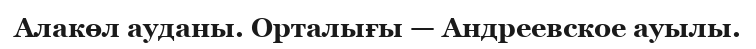
Алакөл ауданы. Орталығы — Андреевское ауылы.